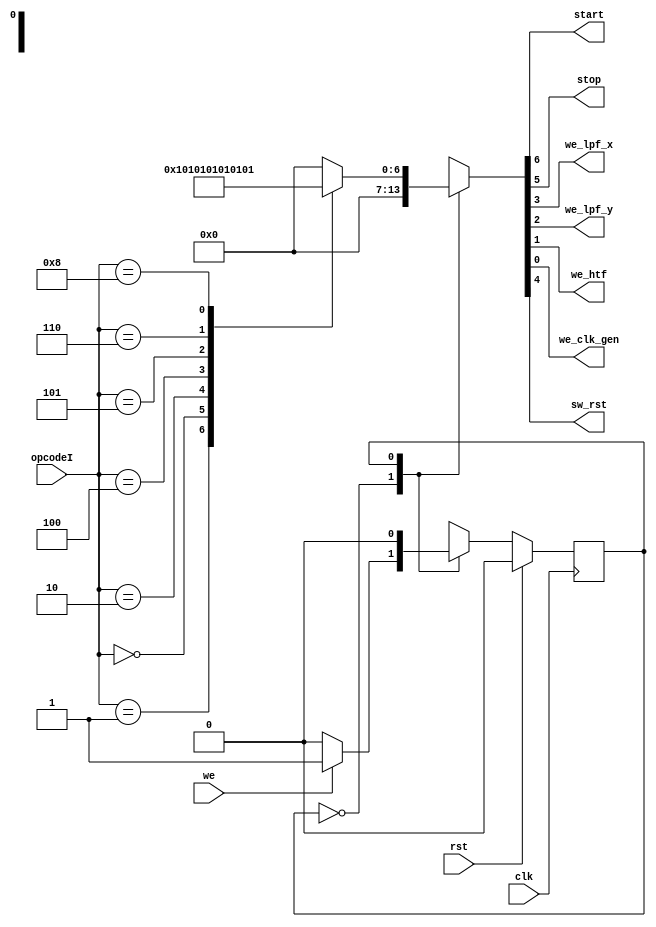
`timescale 1ns / 1ps
//////////////////////////////////////////////////////////////////////////////////
// Company: 
// 
//
// Design Name: 
// Module Name:    cr_decode 
// Project Name: 
// Target Devices: 
// Tool versions: 
// Description: 
//
// Dependencies: 
//
// Revision: 
// Revision 0.01 - File Created
// Additional Comments: 
//
//////////////////////////////////////////////////////////////////////////////////
`define STOP        4'b0000
`define START       4'b0001
`define SW_RST      4'b0010
`define LPF1_WE     4'b0100
`define LPF2_WE     4'b0101
`define HTF_WE      4'b0110
`define CLK_GEN_WE  4'b1000

module cr_decode
(
    input clk,
    input rst,
    input we,
    input [3:0] opcodeI,
    
    output start, 
    output stop,    
    output we_lpf_x,
    output we_lpf_y,
    output we_htf,
    output we_clk_gen,
    output sw_rst
);

    parameter IDLE = 0, DECODE = 1;
    
    reg cs, ns;
    reg [6:0] out;

    // Current State Refresh
    always @(posedge clk)
        if (rst)
            cs <= IDLE;
        else
            cs <= ns;
    
    // Next State Logic
    always @(cs, we, opcodeI)
        case (cs)
            IDLE    :   if (we)
                            ns = DECODE;
                        else
                            ns = IDLE;
            
            DECODE  : ns = IDLE;
            default : ns = IDLE;
        endcase
            
    // Mealy outputs
    assign {start, stop, sw_rst, we_lpf_x, we_lpf_y, we_htf, we_clk_gen} = out;
    
    always @(cs, opcodeI)
        case (cs)
            IDLE    :   out = 7'b000_0000;
            DECODE  :   case (opcodeI)
                            `START      :   out = 7'b100_0000;
                            `STOP       :   out = 7'b010_0000;    
                            `SW_RST     :   out = 7'b001_0000;    
                            `LPF1_WE    :   out = 7'b000_1000;    
                            `LPF2_WE    :   out = 7'b000_0100;
                            `HTF_WE     :   out = 7'b000_0010;
                            `CLK_GEN_WE :   out = 7'b000_0001;    
                            default     :   out = 7'b000_0000;
                        endcase
            default :   out = 7'b000_0000;
        endcase 
        
endmodule